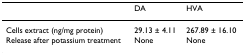
<table><thead><tr><td></td><td><b>DA</b></td><td><b>HVA</b></td></tr></thead><tbody><tr><td>Cells extract (ng/mg protein)</td><td>29.13 ± 4.11</td><td>267.89 ± 16.10</td></tr><tr><td>Release after potassium treatment</td><td>None</td><td>None</td></tr></tbody></table>